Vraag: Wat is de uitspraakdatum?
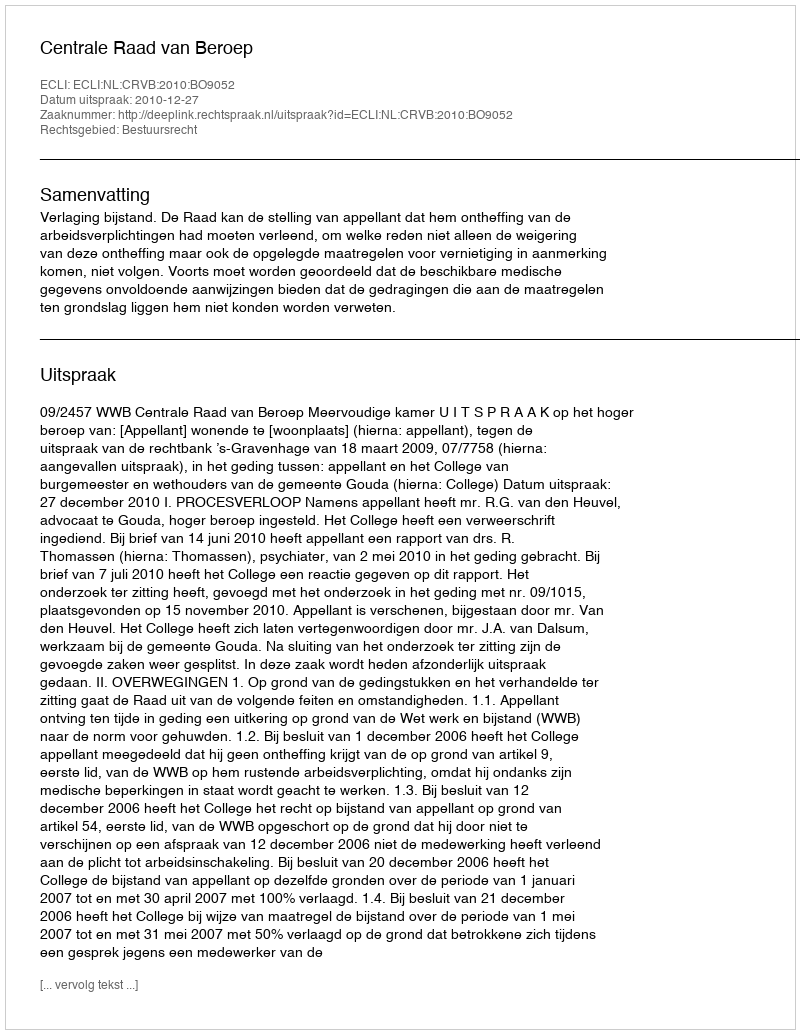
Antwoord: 2010-12-27